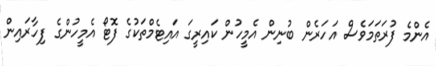
އެންމެ ފުރަތަމަވެސް އަހަރެން ބުނިން އެމީހުން ކައިރީގަ އައިޓެމްތަކުގެ ފޮޓޯ އެމީހުންގެ ފިހާރައިން